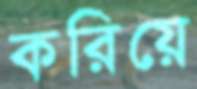
করিয়ে